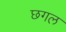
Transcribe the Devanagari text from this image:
छगल